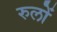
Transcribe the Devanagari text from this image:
रुलों